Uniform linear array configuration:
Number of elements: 16
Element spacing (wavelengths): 1
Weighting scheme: hann
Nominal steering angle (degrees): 0
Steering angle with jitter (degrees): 1.339
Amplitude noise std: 0.05
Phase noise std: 0.05

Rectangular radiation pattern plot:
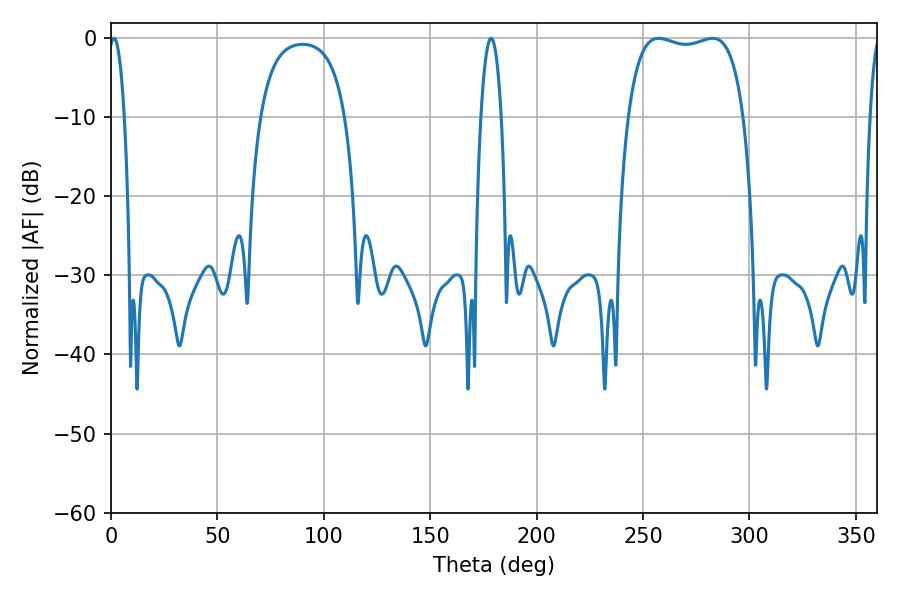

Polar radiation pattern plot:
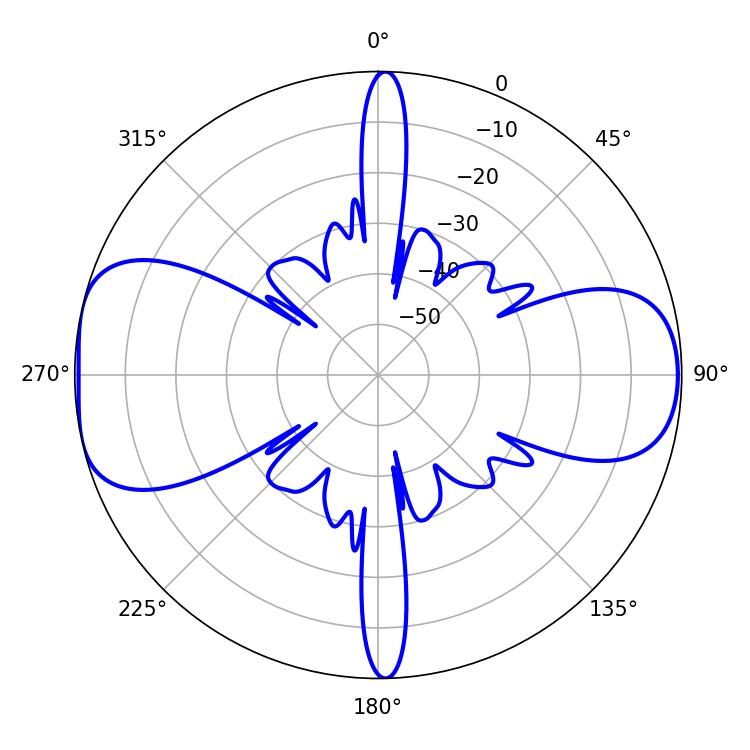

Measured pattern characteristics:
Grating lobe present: TRUE
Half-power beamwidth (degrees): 43.56
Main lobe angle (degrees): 257.4